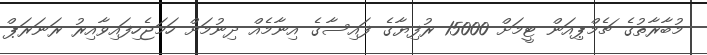
މުބާރާތުގެ ޗެމްޕިއަން ޓީމަށް 15000 ރުފިޔާގެ ފައިސާގެ އިނާމެއް ދިނުމަށް ހަމަޖެހިފައިވާއިރު ރަނަރަޕް